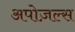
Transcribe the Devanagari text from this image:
अपोज़ल्स